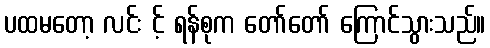
ပထမတော့ လင်း င့် ရန်စုက တော်တော် ကြောင်သွားသည်။